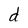
Character: d